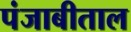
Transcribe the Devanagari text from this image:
पंजाबीताल